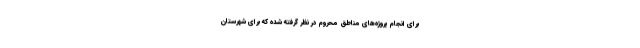
برای انجام پروژه‌های مناطق محروم در نظر گرفته شده که برای شهرستان